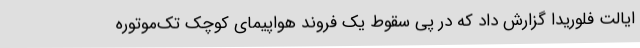
ایالت فلوریدا گزارش داد که در پی سقوط یک فروند هواپیمای کوچک تک‌موتوره